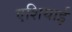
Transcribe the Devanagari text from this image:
एशियाई